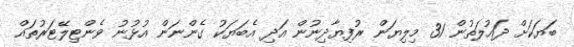
ބަޔަކަށް ދައުލަތުން 31 މިލިޔަން ރުފިޔާދިނުން އަދި އެބަޔަކު ގެންނަން އުޅުނު ވެންޓިލޭޓަރުތައް